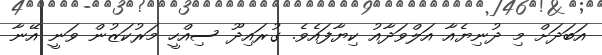
އަބަދަށް މި ދުނިޔެއާ އަލްވަދާއު ކިޔާފައެވެ. ގުރައިދޫ ސިއްހީ މަރުކަޒުން ވަނީ އޭނާ